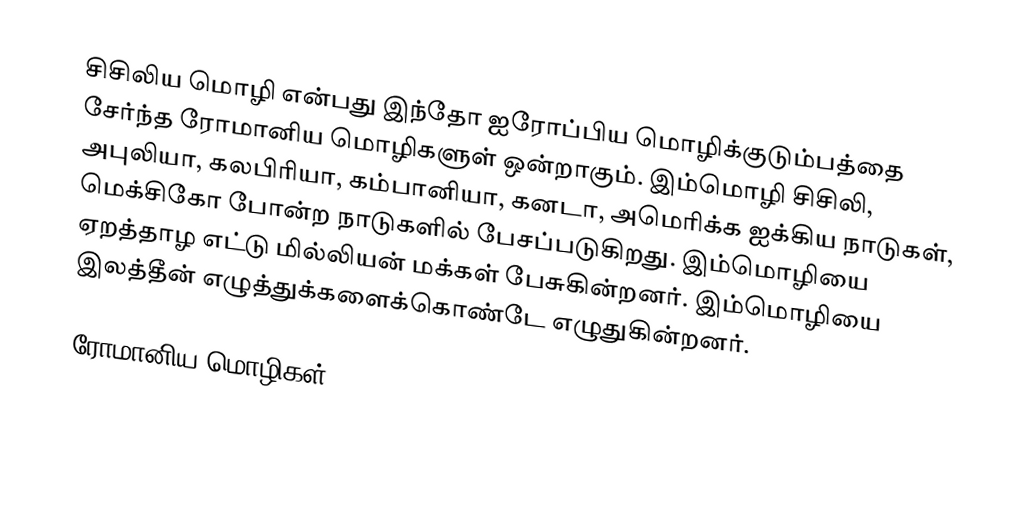
சிசிலிய மொழி என்பது இந்தோ ஐரோப்பிய மொழிக்குடும்பத்தை சேர்ந்த ரோமானிய மொழிகளுள் ஒன்றாகும். இம்மொழி சிசிலி, அபுலியா, கலபிரியா, கம்பானியா, கனடா, அமெரிக்க ஐக்கிய நாடுகள், மெக்சிகோ போன்ற நாடுகளில் பேசப்படுகிறது. இம்மொழியை ஏறத்தாழ எட்டு மில்லியன் மக்கள் பேசுகின்றனர். இம்மொழியை இலத்தீன் எழுத்துக்களைக்கொண்டே எழுதுகின்றனர்.

ரோமானிய மொழிகள்